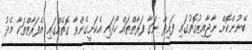
ބޭނުންކޮށް ނާޖާއިޒުގޮތުގައި ފައިދާ ނަގާ ފަރާތްތައް ހޯދައި އެކަށީގެންވާ ގޮތެއްގައި އެފަރާތްތަކާ މެދު